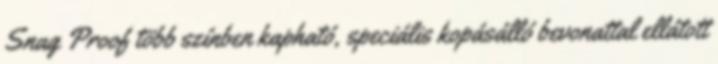
Snag Proof több színben kapható, speciális kopásálló bevonattal ellátott